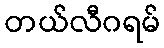
တယ်လီဂရမ်